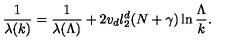
\frac { 1 } { \lambda ( k ) } = \frac { 1 } { \lambda ( \Lambda ) } + 2 v _ { d } l _ { 2 } ^ { d } ( N + \gamma ) \ln \frac { \Lambda } { k } .